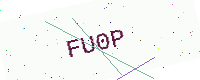
Text: FU0P